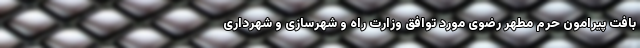
بافت پیرامون حرم مطهر رضوی مورد توافق وزارت راه و شهرسازی و شهرداری